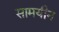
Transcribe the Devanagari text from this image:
सामयीन